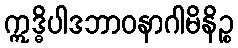
ဣဒ္ဓိပါဒဘာဝနာဂါမိနိဉ္စ